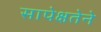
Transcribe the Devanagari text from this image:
सापेक्षतेने